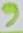
Text: 9